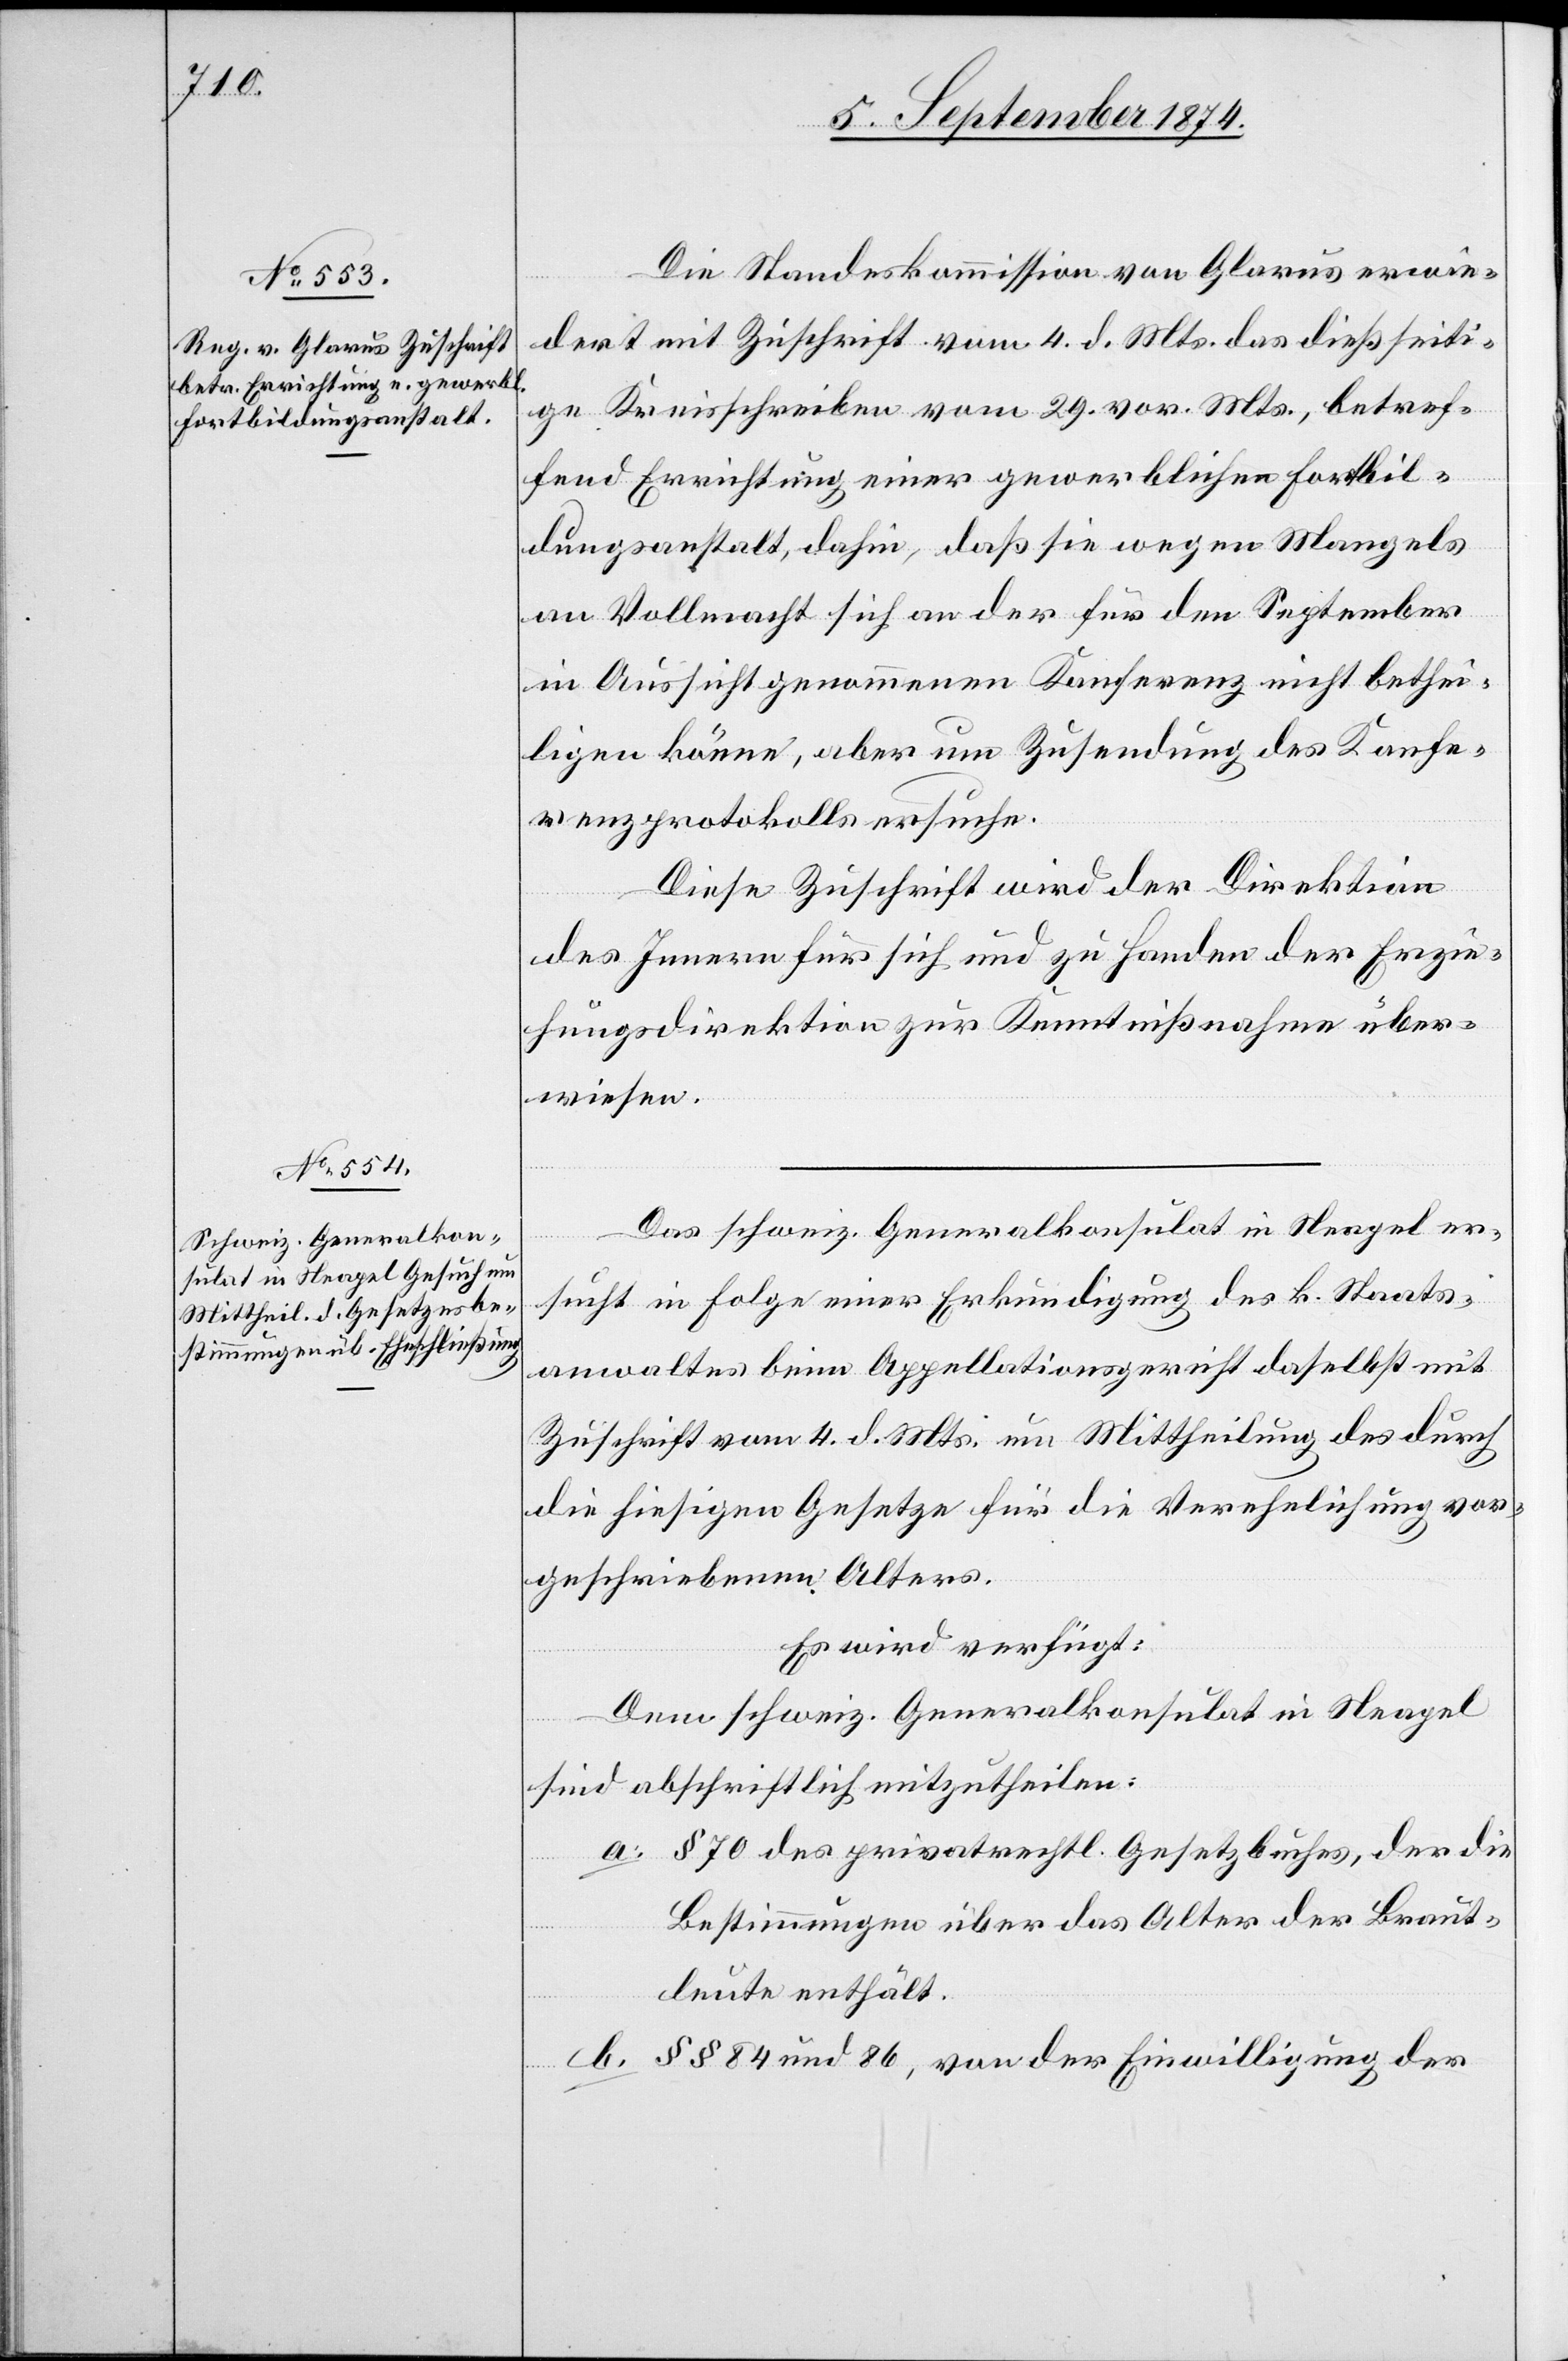
7. September 1874.]
Die Standeskommission von Glarus erwie¬
dert mit Zuschrift vom 4. d. Mts. das dießseiti¬
ge Kreisschreiben vom 29. vor. Mts., betref¬
fend Errichtung einer gewerblichen Fortbil¬
dungsanstalt, dahin, daß sie wegen Mangels
an Vollmacht sich an der für den September
in Aussicht genommenen Konferenz nicht bethei¬
ligen könne, aber um Zusendung des Konfe¬
renzprotokolls ersuche.
Diese Zuschrift wird der Direktion
des Innern für sich und zu Handen der Erzie¬
hungsdirektion zur Kenntnißnahme über¬
wiesen.
Das schweiz. Generalkonsulat in Neapel er¬
sucht in Folge einer Erkundigung des k. Staats¬
anwaltes beim Appellationsgericht daselbst mit
Zuschrift vom 4. d. Mts. um Mittheilung des durch
die hiesigen Gesetze für die Verehelichung vor¬
geschriebenen Alters.
Es wird verfügt:
Dem schweiz. Generalkonsulat in Neapel
sind abschriftlich mitzutheilen:
a. § 70 des privatrechtl. Gesetzbuches, der die
Bestimmungen über das Alter der Braut¬
leute enthält.
b. §§ 84 und 86, von der Einwilligung der